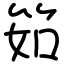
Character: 筎